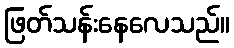
ဖြတ်သန်းနေလေသည်။